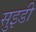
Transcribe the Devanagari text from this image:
सुइडी